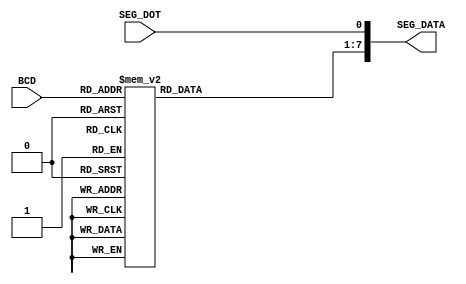
// AL_DECODER.v

module AL_DECODER(
	BCD, SEG_DOT,
	SEG_DATA, 
);

input [3:0] BCD;
input wire SEG_DOT;
output wire [7:0] SEG_DATA;

reg [6:0] BUFF;

always @(BCD)
begin
	case (BCD)
		4'b0000 : BUFF = 7'b1111110; // 0
		4'b0001 : BUFF = 7'b0110000;  //1 
		4'b0010 : BUFF = 7'b1101101;  //2 
		4'b0011 : BUFF = 7'b1111001;  //3 
		4'b0100 : BUFF = 7'b0110011;  //4 
		4'b0101 : BUFF = 7'b1011011;  //5 
		4'b0110 : BUFF = 7'b1011111;  //6 
		4'b0111 : BUFF = 7'b1110000;  //7 
		4'b1000 : BUFF = 7'b1111111;  //8 
		4'b1001 : BUFF = 7'b1111011;  //9 
		default : BUFF = 7'b0000000;  //NULL 
	endcase
end	

assign SEG_DATA = {BUFF, SEG_DOT};

endmodule